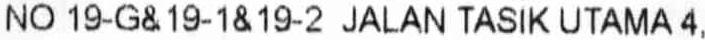
NO 19-G& 19-1& 19-2 JALAN TASIK UTAMA 4,